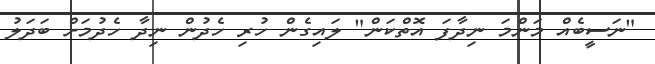
"ނަސީބެއް މަންމަ ނިދާފަ އޮތްކަން" ލައިގެން ހުރި ހެދުން ނިދާ ހެދުމަށް ބަދަލު